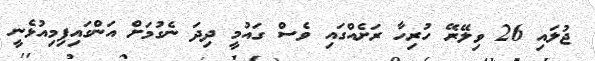
ޖުލައި 26 ވިލޭރޭ ހުރިހާ ރަށެއްގައި ވެސް ގައުމީ ދިދަ ނެގުމަށް އަންގައިފިމިއުޅެނީ